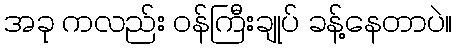
အခု ကလည်း ဝန်ကြီးချုပ် ခန့်နေတာပဲ။